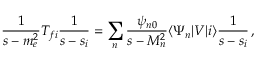
\frac { 1 } { s - m _ { e } ^ { 2 } } T _ { f i } \frac { 1 } { s - s _ { i } } = \sum _ { n } \frac { \psi _ { n 0 } } { s - M _ { n } ^ { 2 } } \langle \Psi _ { n } | V | i \rangle \frac { 1 } { s - s _ { i } } \, ,